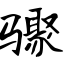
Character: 骤